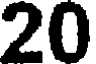
20